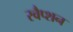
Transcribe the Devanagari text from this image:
स्वैप्शन